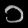
Digit: ၁